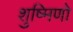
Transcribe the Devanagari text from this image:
शुष्मिणो